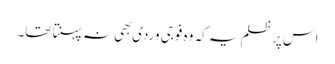
اس پر ظلم یہ کہ وہ فوجی وردی بھِی نہ پہنتا تھا۔